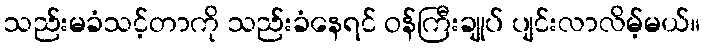
သည်းမခံသင့်တာကို သည်းခံနေရင် ဝန်ကြီးချုပ် ပျင်းလာလိမ့်မယ်။